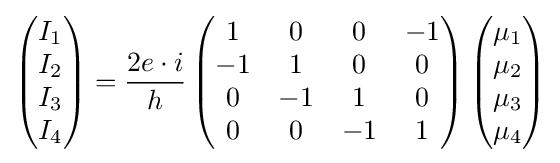
\left({\begin{matrix}I_{1}\\I_{2}\\I_{3}\\I_{4}\end{matrix}}\right)={\frac {2e\cdot i}{h}}\left({\begin{matrix}1&0&0&-1\\-1&1&0&0\\0&-1&1&0\\0&0&-1&1\end{matrix}}\right)\left({\begin{matrix}\mu _{1}\\\mu _{2}\\\mu _{3}\\\mu _{4}\end{matrix}}\right)